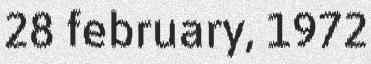
28 february, 1972